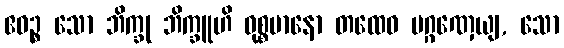
ဧဝဉ္စ သော ဘိက္ခု ဘိက္ခူဟိ ဝုစ္စမာနော တထေဝ ပဂ္ဂဏှေယျ, သော